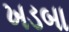
ખડબા